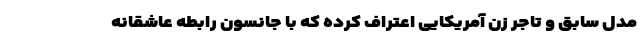
مدل سابق و تاجر زن آمریکایی اعتراف کرده که با جانسون رابطه عاشقانه